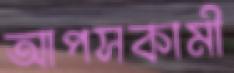
আপসকামী